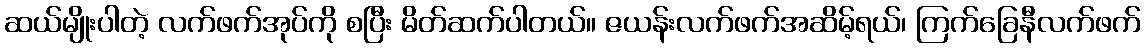
ဆယ်မျိုးပါတဲ့ လက်ဖက်အုပ်ကို စပြီး မိတ်ဆက်ပါတယ်။ ဇယန်းလက်ဖက်အဆိမ့်ရယ်၊ ကြက်ခြေနီလက်ဖက်